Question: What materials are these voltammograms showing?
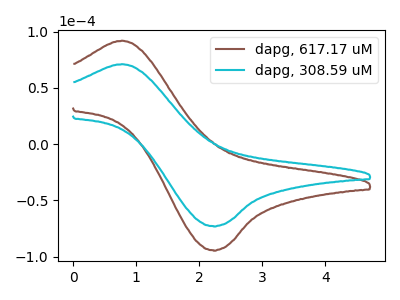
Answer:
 <answer>The brown curve is labeled "dapg, 617.17 uM". The cyan curve is labeled "dapg, 308.59 uM".</answer>
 <eval></eval>